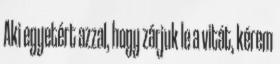
Aki egyetért azzal, hogy zárjuk le a vitát, kérem